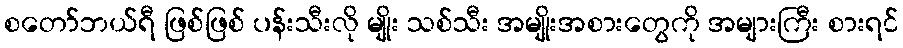
စတော်ဘယ်ရီ ဖြစ်ဖြစ် ပန်းသီးလို မျိုး သစ်သီး အမျိုးအစားတွေကို အများကြီး စားရင်